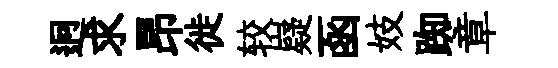
迥求昂徙较嶷函妓踟章